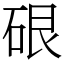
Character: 硍